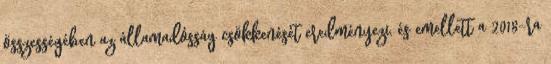
összességében az államadósság csökkenését eredményezi, és emellett a 2018-ra